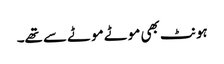
ہونٹ بھی موٹے موٹے سے تھے۔